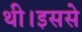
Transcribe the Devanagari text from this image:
थी।इससे